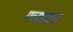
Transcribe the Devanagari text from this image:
गव्यशाला